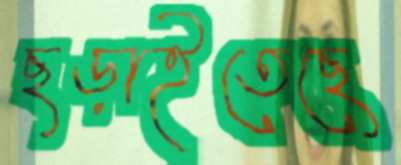
ছড়াইতেছে